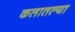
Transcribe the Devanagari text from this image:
कलातल्या